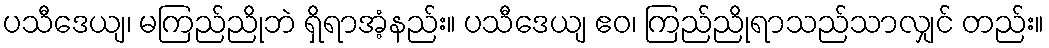
ပသီဒေယျ၊ မကြည်ညိုဘဲ ရှိရာအံ့နည်း။ ပသီဒေယျ ဧဝ၊ ကြည်ညိုရာသည်သာလျှင် တည်း။